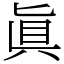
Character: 眞